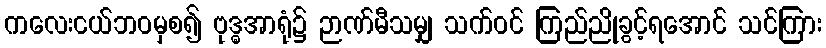
ကလေးငယ်ဘဝမှစ၍ ဗုဒ္ဓအာရုံ၌ ဉာဏ်မီသမျှ သက်ဝင် ကြည်ညိုခွင့်ရအောင် သင်ကြား